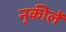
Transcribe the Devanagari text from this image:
नुकीलें